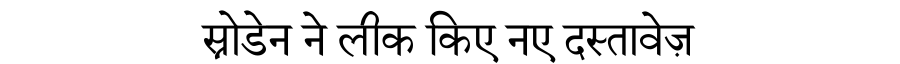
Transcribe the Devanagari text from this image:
स्नोडेन ने लीक किए नए दस्तावेज़